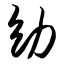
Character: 幼